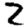
Digit: 2